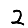
Digit: 2